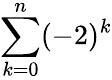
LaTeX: \sum_{k=0}^{n}(-2)^{k}